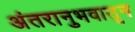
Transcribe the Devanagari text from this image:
अंतरानुभवातून